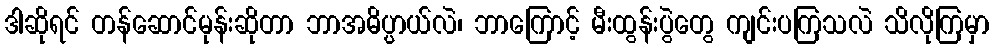
ဒါဆိုရင် တန်ဆောင်မုန်းဆိုတာ ဘာအဓိပ္ပ္ပာယ်လဲ၊ ဘာကြောင့် မီးထွန်းပွဲတွေ ကျင်းပကြသလဲ သိလိုကြမှာ